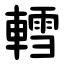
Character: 轌